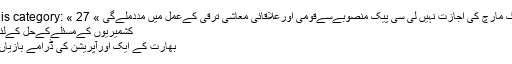
More in this category: « 27 اکتوبرکو لانگ مارچ کی اجازت نہیں لی سی پیک منصوبےسےقومی اورعلاقائی معاشی ترقی کےعمل میں مددملےگی »
کشمیریوں کےمسئلےکےحل کےلئے کوشاں ہیں
بھارت کے ایک اورآپریشن کی ڈرامے بازیاں سامنے آگئیں